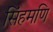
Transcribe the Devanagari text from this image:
सिंहमणि